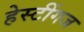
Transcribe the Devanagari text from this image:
हेस्टींगज